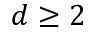
d \ge 2